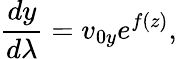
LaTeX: \frac{dy}{d\lambda}=v_{0y}e^{f(z)},